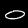
Label: 0